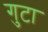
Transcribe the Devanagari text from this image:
गुटा